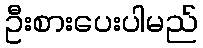
ဦးစားပေးပါမည်